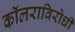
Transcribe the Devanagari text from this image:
कॉलराविरोधी